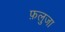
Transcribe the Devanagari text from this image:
फ़लुजा